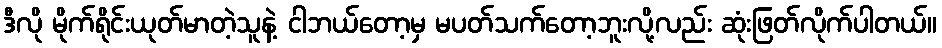
ဒီလို မိုက်ရိုင်းယုတ်မာတဲ့သူနဲ့ ငါဘယ်တော့မှ မပတ်သက်တော့ဘူးလို့လည်း ဆုံးဖြတ်လိုက်ပါတယ်။